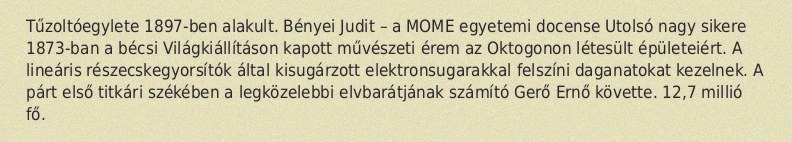
Tűzoltóegylete 1897-ben alakult. Bényei Judit – a MOME egyetemi docense Utolsó nagy sikere 1873-ban a bécsi Világkiállításon kapott művészeti érem az Oktogonon létesült épületeiért. A lineáris részecskegyorsítók által kisugárzott elektronsugarakkal felszíni daganatokat kezelnek. A párt első titkári székében a legközelebbi elvbarátjának számító Gerő Ernő követte. 12,7 millió fő.